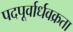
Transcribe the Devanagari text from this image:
पदपूर्वार्धवक्रता